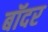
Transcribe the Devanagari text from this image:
बॉदर